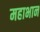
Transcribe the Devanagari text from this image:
महाभान